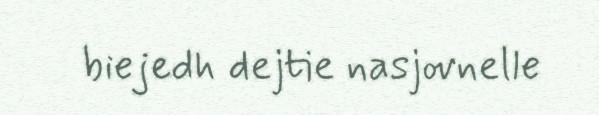
biejedh dejtie nasjovnelle